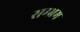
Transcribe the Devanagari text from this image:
सम्भ्रम